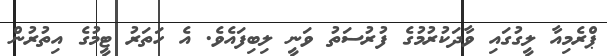
ޕްރެމިއާ ލީގުގައި ވާދަކުރުމުގެ ފުރުސަތު ވަނީ ލިބިފައެވެ. އެ ހަތަރު ޓީމުގެ އިތުރުން